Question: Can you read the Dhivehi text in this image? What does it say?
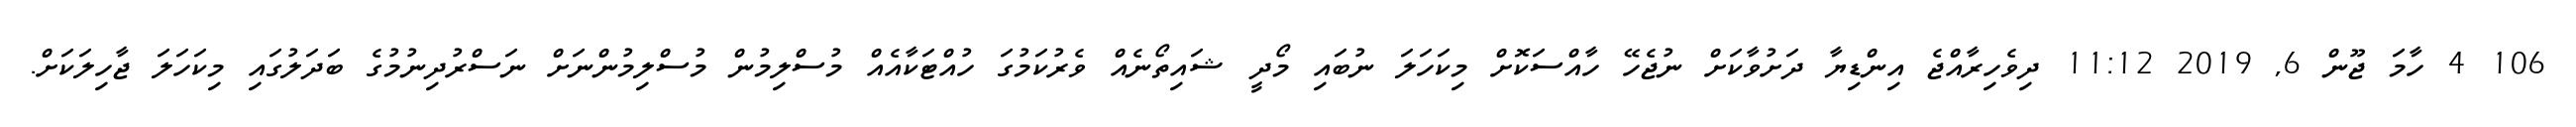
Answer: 106 4 ހާމަ ޖޫން 6, 2019 11:12 ދިވެހިރާއްޖެ އިންޑިޔާ ދަށުވާކަށް ނުޖެހޭ ހާއްސަކޮށް މިކަހަލަ ނުބައި މޯދީ ޝައިތޯނެއް ވެރުކަމުގަ ހުއްޓަކާއެއް މުސްލިމުން މުސްލިމުންނަށް ނަސްރުދިނުމުގެ ބަދަލުގައި މިކަހަލަ ޖާހިލަކަށް.